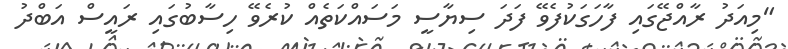
"މިއަދު ރާއްޖޭގައި ފާހަގަކުފެވޭ ފަދަ ސިޔާސީ މަސައްކަތެއް ކުރެވޭ ހިސާބުގައި ރައީސް އަބްދު